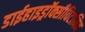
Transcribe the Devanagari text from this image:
डाईहाइड्रॉक्सीविटामिन